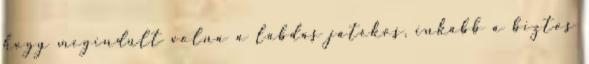
hogy megindult volna a labdás játékos, inkább a biztos